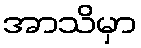
အာသိမှာ